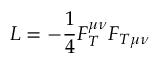
{ \cal L } = - \frac 1 4 F _ { T } ^ { \mu \nu } F _ { T \mu \nu }